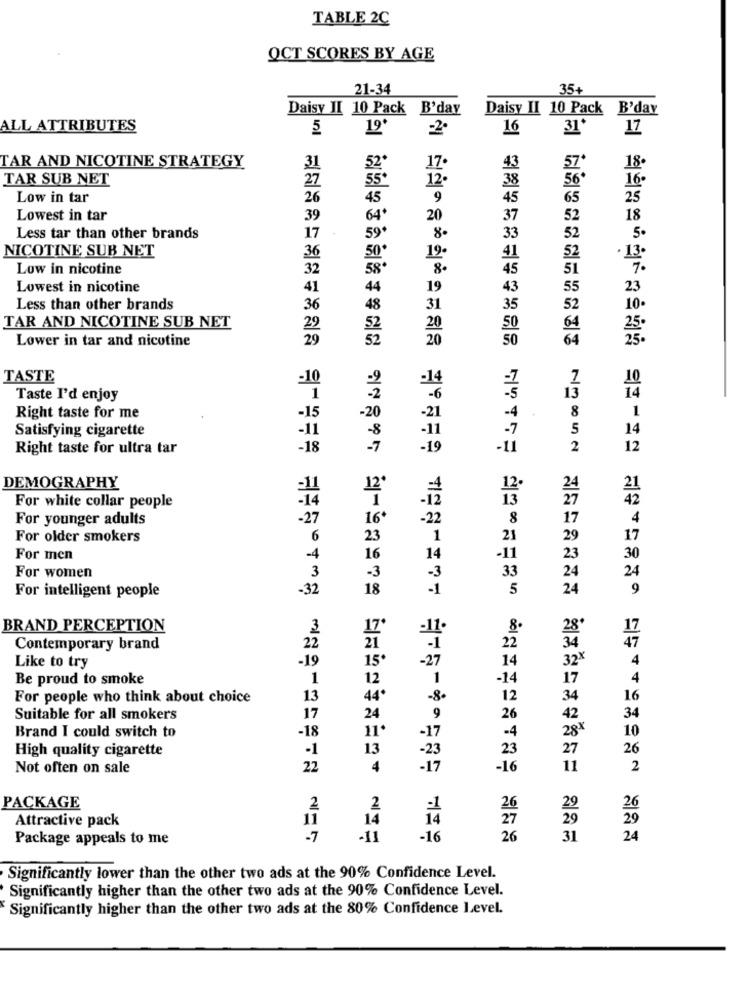
TABLE 2C
OCT SCORES BY AGE
21-34
35+
Daisy II 10 Pack B'day
Daisy II 10 Pack B'day
ALL ATTRIBUTES
5
19*
:2ª
16
31'
17
TAR AND NICOTINE STRATEGY
31
17
43
57
18.
TAR SUB NET
27
12
38
16
Low in tar
26
45
9
45
65
25
Lowest in tar
39
64*
20
37
52
18
59*
Less tar than other brands
17
8.
33
5
NICOTINE SUB NET
50
19.
Low in nicotine
Lowest in nicotine
Less than other brands
TAR AND NICOTINE SUB NET
Lower in tar and nicotine
TASTE
-10
Taste I'd enjoy
Right taste for me
Satisfying cigarette
Right taste for ultra tar
-18
DEMOGRAPHY
-11
For white collar people
For younger adults
For older smokers
For men
30
For women
For intelligent people
-32
18
24
학원652223 333444 23852 12173 3 처리
BRAND PERCEPTION
17
28
Contemporary brand
34
-19
32X
Like to try
Be proud to smoke
17
For people who think about choice
13
34
16
Suitable for all smokers
17
42
34
Brand I could switch to
11º
28'
-18
10
High quality cigarette
-1
13
27
26
-23
23
Not often on sale
22
4
-17
-16
11
2
PACKAGE
2
2
26
29
26
11
14
29
29
Attractive pack
Package appeals to me
班級4 3917 43 4 35 21 41 451 1 42 6 433 331 1 11 1 12 27
-7
-11
-16
26
9 99758747388 177 98558 879789 95
31
24
Significantly lower than the other two ads at the 90% Confidence Level.
Significantly higher than the other two ads at the 90% Confidence Level.
Significantly higher than the other two ads at the 80% Confidence Level.